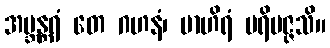
အဗ္ဘန္တရံ တေ ဂဟနံ၊ ဗာဟိရံ ပရိမဇ္ဇသိ။